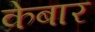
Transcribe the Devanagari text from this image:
केबार